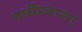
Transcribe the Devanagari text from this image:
वर्धीप्रचारण